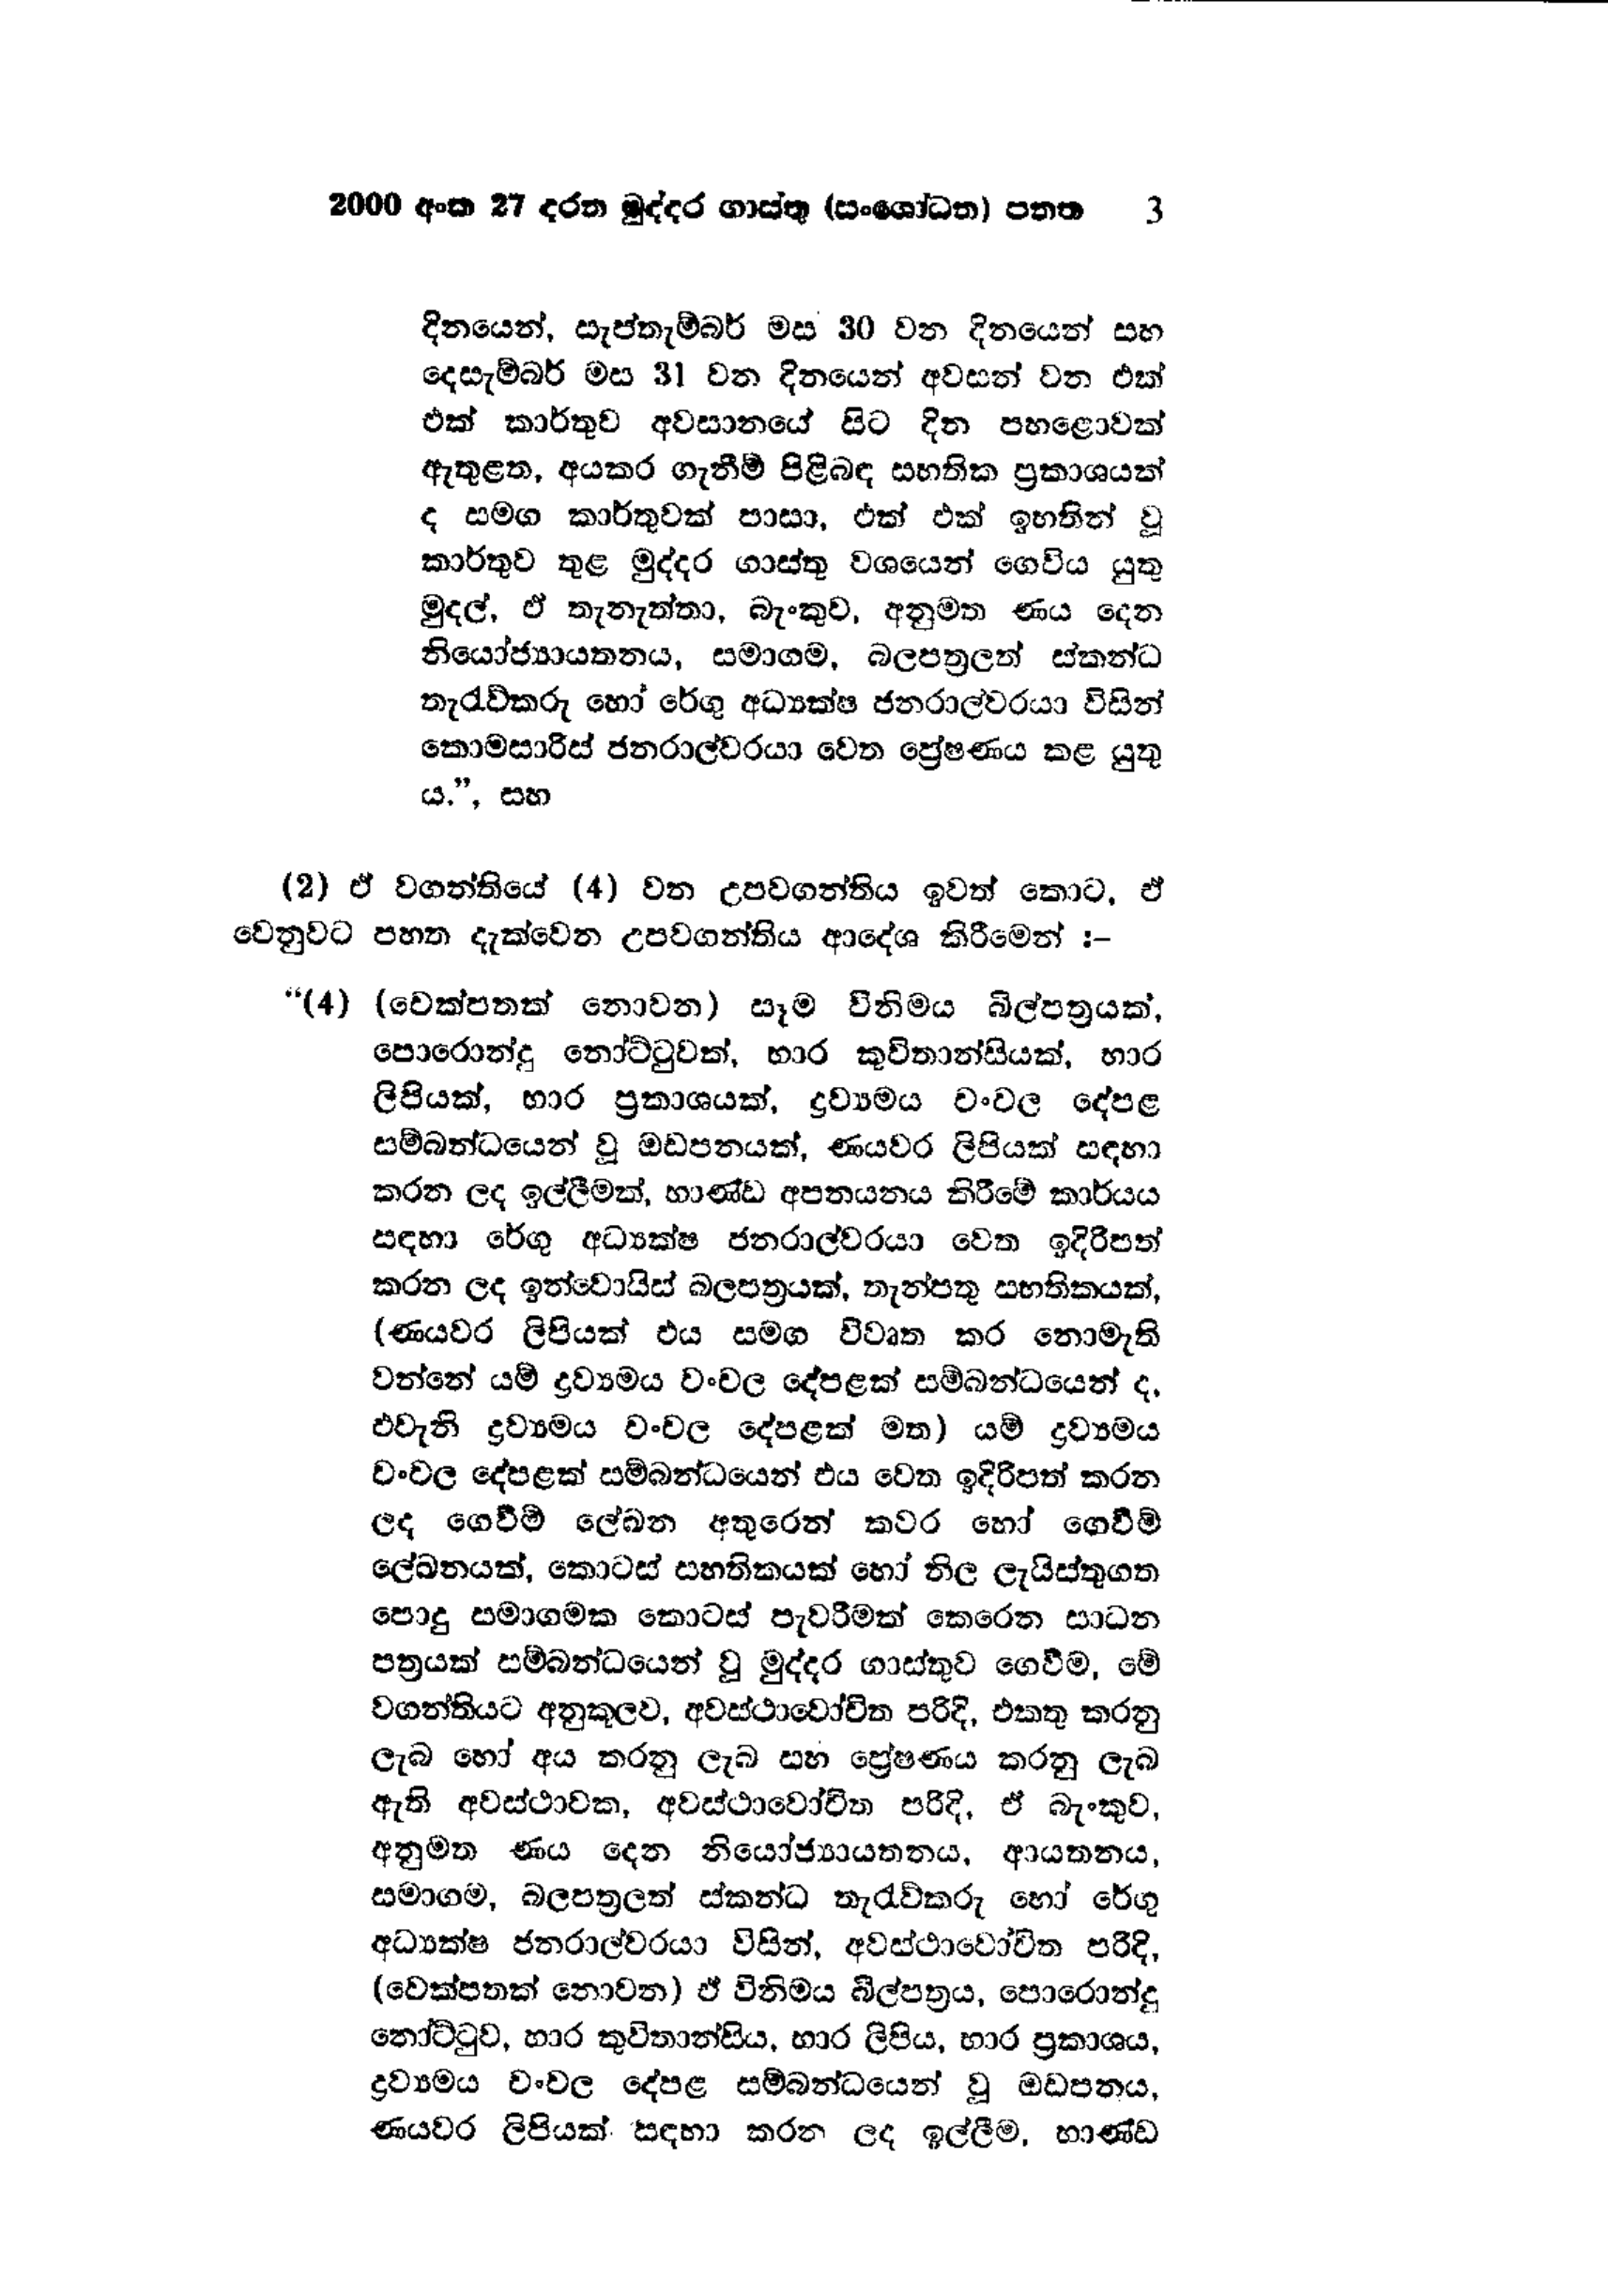
2000 අංක 27 දරන මුද්දර ගාස්තු (සංශෝධන) පනත 3

දිනයෙන්, සැප්තැම්බර් මස 30 වන දිනයෙන් සහ
දෙසැම්බර් මස 31 වන දිනයෙන් අවසන් වන එක්
එක් කාර්තුව අවසානයේ සිට දින පහළොවක්
ඇතුළත, අයකර ගැනීම් පිළිබඳ සහතික ප්‍රකාශයක්
ද සමග කාර්තුවක් පාසා, එක් එක් ඉහතින් වූ
කාර්තුව තුළ මුද්දර ගාස්තු වශයෙන් ගෙවිය යුතු
මුදල්, ඒ තැනැත්තා, බැංකුව, අනුමත ණය දෙන
නියෝජ්‍යායතනය, සමාගම, බලපත්‍රලත් ස්කන්ධ
තැරැව්කරු හෝ රේගු අධ්‍යක්ෂ ජනරාල්වරයා විසින්
කොමසාරිස් ජනරාල්වරයා වෙත ප්‍රේෂණය කළ යුතු
ය.", සහ

( 2 ) ඒ වගන්තියේ (4) වන උපවගන්තිය ඉවත් කොට, ඒ
වෙනුවට පහත දැක්වෙන උපවගන්තිය ආදේශ කිරීමෙන් :-

"(4) (චෙක්පතක් නොවන ) සෑම විනිමය බිල්පත්‍රයක්,
පොරොන්දු නෝට්ටුවක්, භාර කුවිතාන්සියක්, භාර
ලිපියක්, භාර ප්‍රකාශයක්, ද්‍රව්‍යමය චංචල දේපළ
සම්බන්ධයෙන් වූ ඔඩපනයක්, ණයවර ලිපියක් සඳහා
කරන ලද ඉල්ලීමක්, භාණ්ඩ අපනයනය කිරීමේ කාර්යය
සඳහා රේගු අධ්‍යක්ෂ ජනරාල්වරයා වෙත ඉදිරිපත්
කරන ලද ඉන්වොයිස් බල පත්‍රයක්, තැන්පතු සහතිකයක්,
(ණයවර ලිපියක් එය සමග විවෘත කර නොමැති
වන්නේ යම් ද්‍රව්‍යමය වංචල දේපළක් සම්බන්ධයෙන් ද,
එවැනි ද්‍රව්‍යමය වංචල දේපළක් මත) යම් ද්‍රව්‍යමය
චංචල දේපළක් සම්බන්ධයෙන් එය වෙත ඉදිරිපත් කරන
ලද ගෙවීම් ලේඛන අතුරෙන් කවර හෝ ගෙවීම
ලේඛනයක්, කොටස් සහතිකයක් හෝ නිල ලැයිස්තුගත
පොදු සමාගමක කොටස් පැවරීමක් කෙරෙන සාධන
පත්‍රයක් සම්බන්ධයෙන් වූ මුද්දර ගාස්තුව ගෙවීම, මේ
වගන්තියට අනුකූලව, අවස්ථාවෝචිත පරිදි, එකතු කරනු
ලැබ හෝ අය කරනු ලැබ සහ ප්‍රේෂණය කරනු ලැබ
ඇති අවස්ථාවක, අවස්ථාවෝචිත පරිදි, ඒ බැංකුව,
අනුමත ණය දෙන නියෝජ්‍යායතනය, ආයතනය,
සමාගම, බලපත්‍රලත් ස්කන්ධ තැරැව්කරු හෝ රේගු
අධ්‍යක්ෂ ජනරාල්වරයා විසින්, අවස්ථාවෝචිත පරිදි,
(වෙක් පතක් නොවන) ඒ විනිමය බිල්පත්‍රය, පොරොන්දු
නෝට්ටුව, හාර කුවිතාන්සිය, භාර ලිපිය, භාර ප්‍රකාශය,
ද්‍රව්‍යමය චංචල දේපළ සම්බන්ධයෙන් වූ ඔඩපනය,
ණයවර ලිපියක් සඳහා කරන ලද ඉල්ලීම, භාණ්ඩ